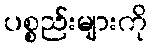
ပစ္စည်းများကို